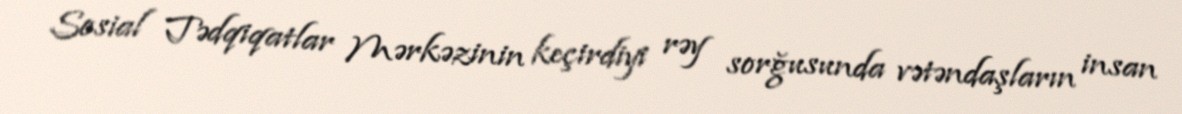
Sosial Tədqiqatlar Mərkəzinin keçirdiyi rəy sorğusunda vətəndaşların insan